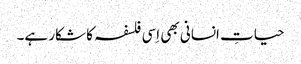
حیاتِ انسانی بھی اِسی فلسفہ کا شکار ہے۔